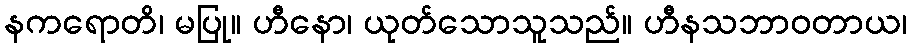
နကရောတိ၊ မပြု။ ဟီနော၊ ယုတ်သောသူသည်။ ဟီနသဘာဝတာယ၊